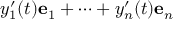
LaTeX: y _ { 1 } ^ { \prime } ( t ) \mathbf { e } _ { 1 } + \cdots + y _ { n } ^ { \prime } ( t ) \mathbf { e } _ { n }